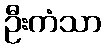
ဦးကံသာ